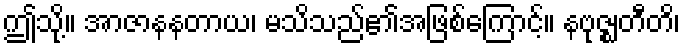
ဤသို့။ အာဇာနနတာယ၊ မသိသည်၏အဖြစ်ကြောင့်။ နဗုဇ္ဈတီတိ၊